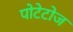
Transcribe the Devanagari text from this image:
पोटेटोज